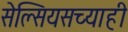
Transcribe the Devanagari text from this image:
सेल्सियसच्याही